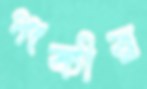
পংকীর